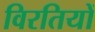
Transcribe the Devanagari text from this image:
विरतियों